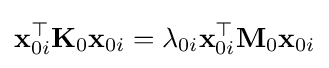
\mathbf {x} _{0i}^{\top }\mathbf {K} _{0}\mathbf {x} _{0i}=\lambda _{0i}\mathbf {x} _{0i}^{\top }\mathbf {M} _{0}\mathbf {x} _{0i}